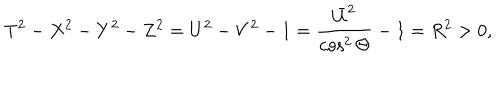
T ^ { 2 } - X ^ { 2 } - Y ^ { 2 } - Z ^ { 2 } = U ^ { 2 } - V ^ { 2 } - 1 = \frac { \bar { U } ^ { 2 } } { \cos ^ { 2 } \Theta } - 1 = R ^ { 2 } > 0 ,